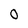
Character: 0